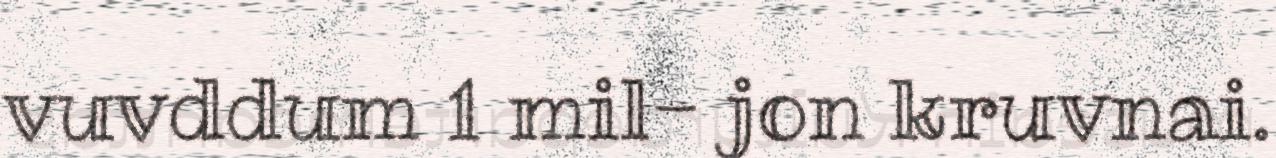
vuvddum 1 mil- jon kruvnai.